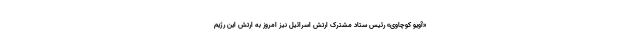
«آویو کوچاوی» رئیس ستاد مشترک ارتش اسرائیل نیز امروز به ارتش این رژیم